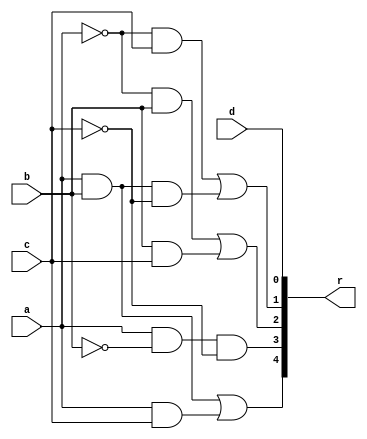
module bcd(a,b,c,d,r);
input a,b,c,d;
output[4:0]r;

assign r[4]=(a&b)|(a&c);
assign r[3]=(a&~b&~c);
assign r[2]=(~a&b)|(b&c);
assign r[1]=(~a&c)|(a&b&~c);
assign r[0]=d;
endmodule